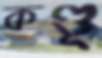
কণ্ডূ